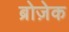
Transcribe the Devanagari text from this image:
ब्रोज़ेक